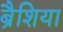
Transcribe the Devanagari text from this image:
ब्रैशिया